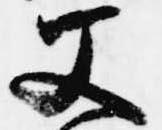
父